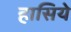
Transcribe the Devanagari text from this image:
हासिये